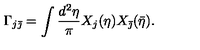
\Gamma _ { j \bar { \jmath } } = \int \frac { d ^ { 2 } \eta } { \pi } X _ { j } ( \eta ) X _ { \bar { \jmath } } ( \bar { \eta } ) .